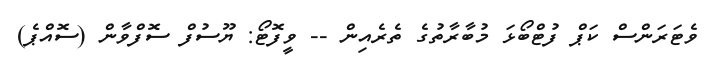
ވެޓަރަންސް ކަޕް ފުޓްބޯޅަ މުބާރާތުގެ ތެރެއިން -- ވީފޮޓޯ: ޔޫސުފް ސޮފްވާން (ސޮއްޕެ)